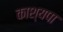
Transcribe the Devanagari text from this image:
काश्यपा